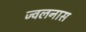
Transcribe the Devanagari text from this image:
ज्वलनास